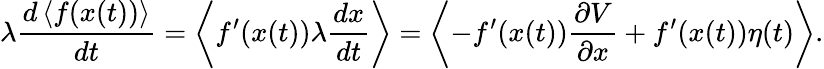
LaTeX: \lambda{\frac{d\left\langle f(x(t))\right\rangle}{dt}}=\left\langle f^{\prime}(x(t))\lambda{\frac{dx}{dt}}\right\rangle=\left\langle-f^{\prime}(x(t)){\frac{\partial V}{\partial x}}+f^{\prime}(x(t))\eta(t)\right\rangle.